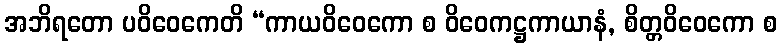
အဘိရတော ပဝိဝေကေတိ “ကာယဝိဝေကော စ ဝိဝေကဋ္ဌကာယာနံ, စိတ္တဝိဝေကော စ